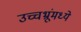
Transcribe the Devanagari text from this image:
उच्चभ्रूंमध्ये